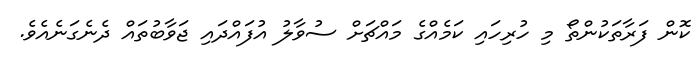
ކޮން ފަރާތަކުންތޯ މި ހުރިހައި ކަމެއްގެ މައްޗަށް ސުވާލު އުފައްދައި ޖަވާބުތައް ދެނެގަނެއެވެ.